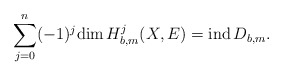
\begin{align*} \sum^n_{j=0}(-1)^j\mathrm{dim\,}H^j_{b,m}(X,E)=\mathrm{ind\,}D_{b,m}.\end{align*}